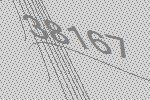
38167